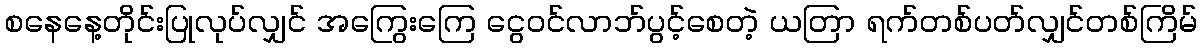
စနေနေ့တိုင်းပြုလုပ်လျှင် အကြွေးကြေ ငွေဝင်လာဘ်ပွင့်စေတဲ့ ယတြာ ရက်တစ်ပတ်လျှင်တစ်ကြိမ်